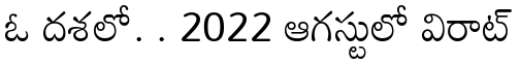
ఓ దశలో. . 2022 ఆగస్టులో విరాట్